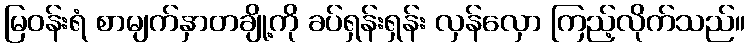
မြဝန်းရံ စာမျက်နှာတချို့ကို ခပ်ရှန်းရှန်း လှန်လှော ကြည့်လိုက်သည်။